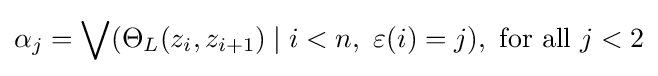
\alpha _{j}=\bigvee (\Theta _{L}(z_{i},z_{i+1})\mid i<n,\ \varepsilon (i)=j),{\text{ for all }}j<2